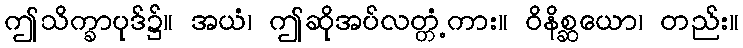
ဤသိက္ခာပုဒ်၌။ အယံ၊ ဤဆိုအပ်လတ္တံ့ကား။ ဝိနိစ္ဆယော၊ တည်း။